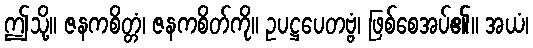
ဤသို့။ ဇနကစိတ္တံ၊ ဇနကစိတ်ကို။ ဥပဋ္ဌပေတဗ္ဗံ၊ ဖြစ်စေအပ်၏။ အယံ၊